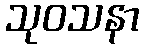
သုဝသနာ